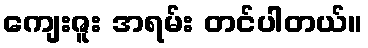
ကျေးဇူး အရမ်း တင်ပါတယ်။